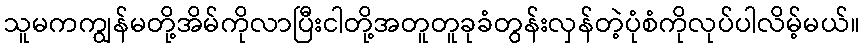
သူမကကျွန်မတို့အိမ်ကိုလာပြီးငါတို့အတူတူခုခံတွန်းလှန်တဲ့ပုံစံကိုလုပ်ပါလိမ့်မယ်။